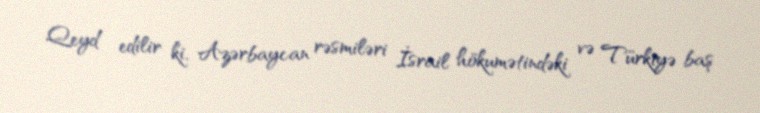
Qeyd edilir ki, Azərbaycan rəsmiləri İsrail hökumətindəki və Türkiyə baş